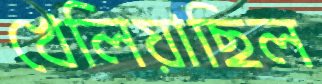
খেলিয়াছিল